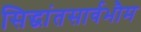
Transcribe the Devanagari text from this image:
सिद्धांतसार्वभौम